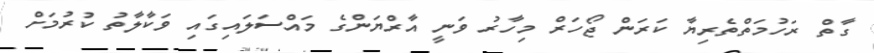
ގާތް ރަހުމަތްތެރިޔާ ކަރަން ޖޯހަރް މިހާރު ވަނީ އާރްޔަންގެ މައްސަލައިގައި ވަކާލާތު ކުރުމަށް